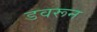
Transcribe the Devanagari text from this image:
डवरून